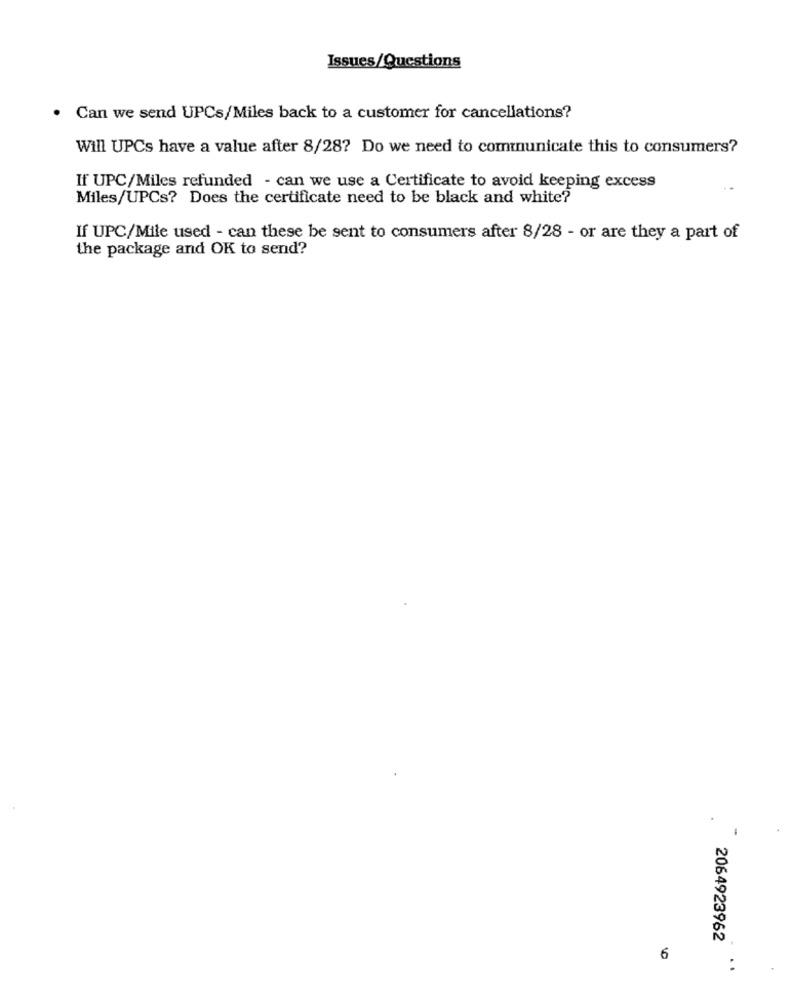
Issues/Questions
· Can we send UPCs/Miles back to a customer for cancellations?
Will UPCs have a value after 8/28? Do we need to communicate this to consumers?
If UPC/Miles refunded - can we use a Certificate to avoid keeping excess
Miles/UPCs? Does the certificate need to be black and white?
If UPC/Mile used - can these be sent to consumers after 8/28 - or are they a part of
the package and OK to send?
2064923962
6
: